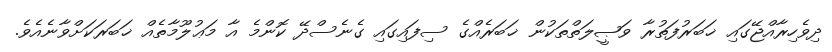
ދިވެހިރާއްޖޭގައި ޚަބަރުފަތުރާ ވަޞީލަތްތަކުން ޚަބަރެއްގެ ސިފައިގައި ގެނެސްދޭ ކޮންމެ އާ މަޢުލޫމާތެއް ޚަބަރަކަށްވާނެއެވެ.